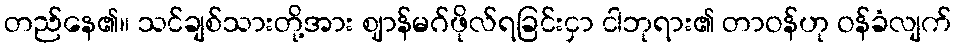
တည်နေ၏။ သင်ချစ်သားတို့အား ဈာန်မဂ်ဖိုလ်ရခြင်းငှာ ငါဘုရား၏ တာဝန်ဟု ဝန်ခံလျက်